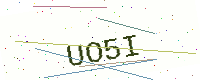
Text: UO5I